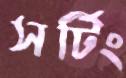
সর্টিং